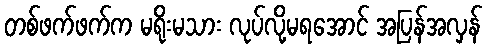
တစ်ဖက်ဖက်က မရိုးမသား လုပ်လို့မရအောင် အပြန်အလှန်